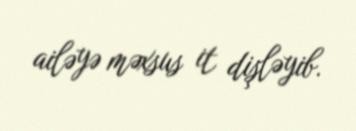
ailəyə məxsus it dişləyib.